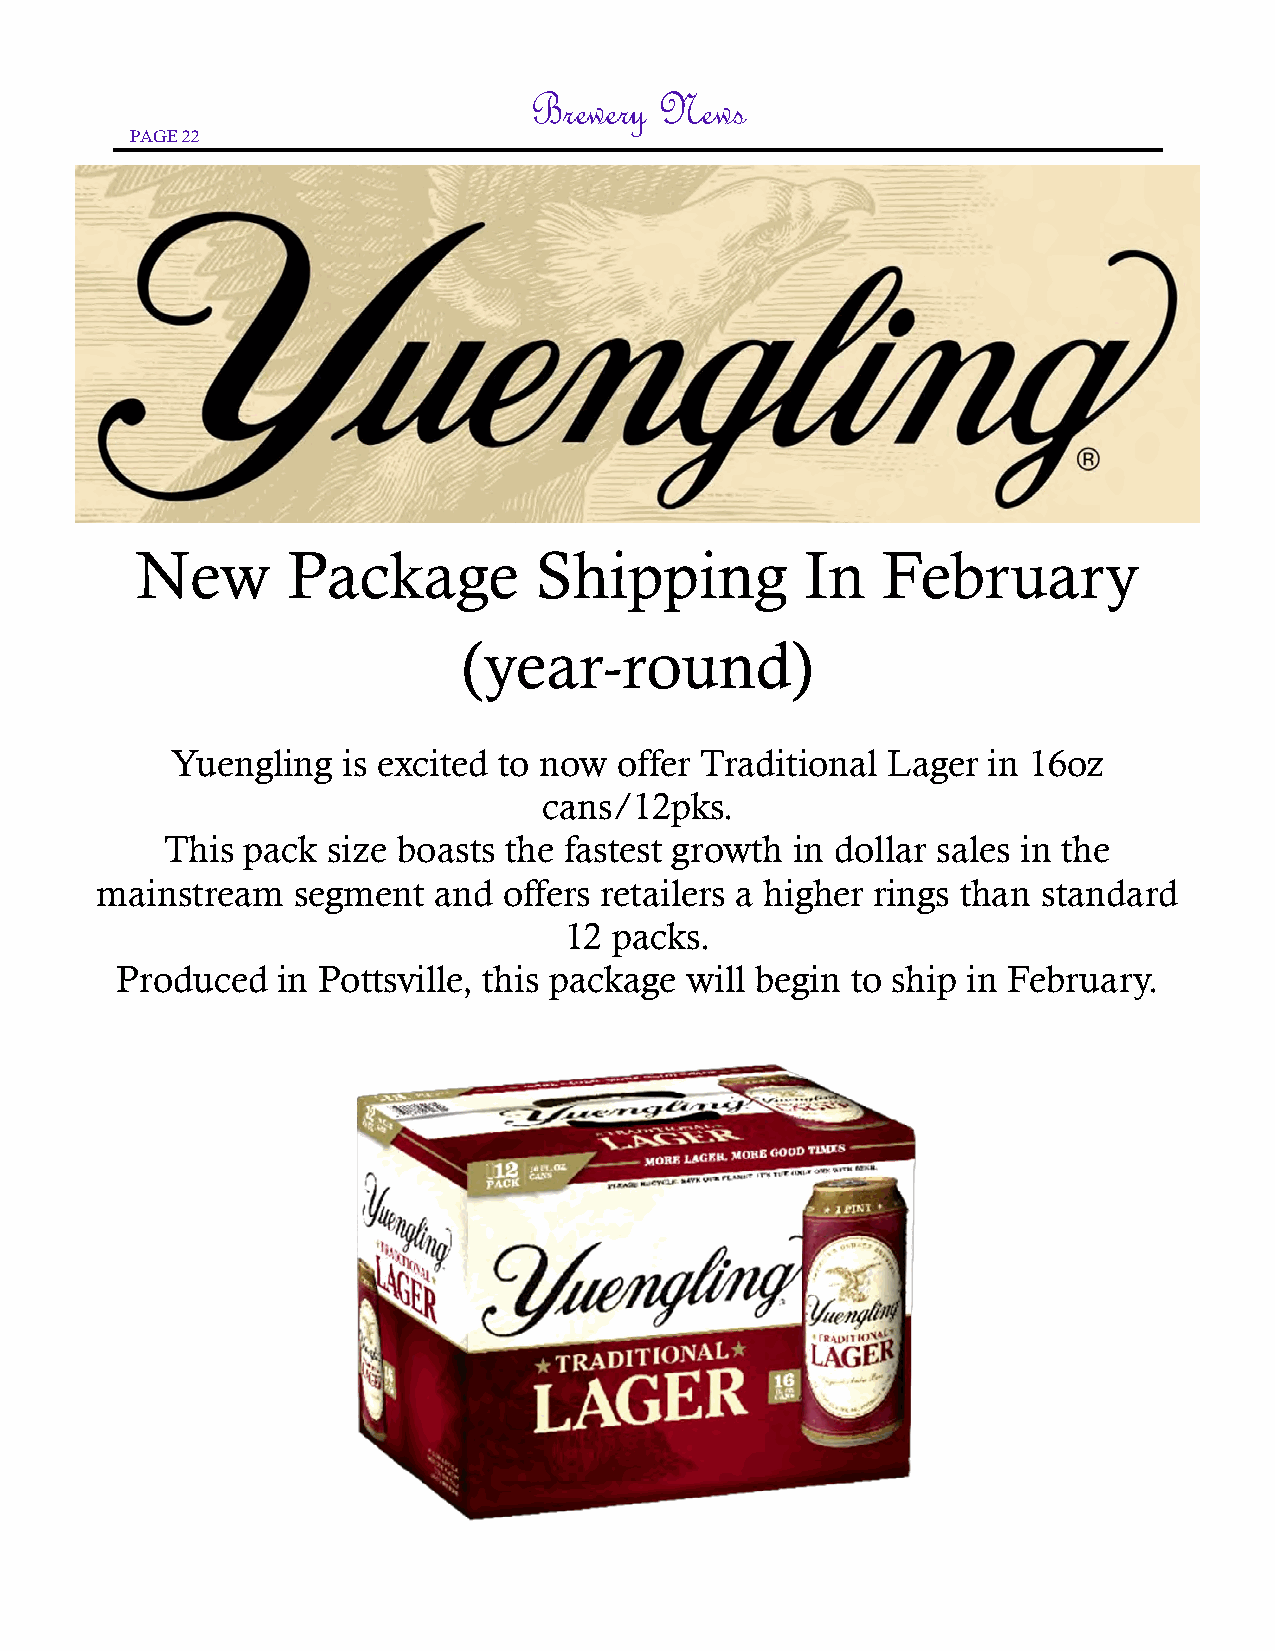
Brewery  News
 PAGE 22
 New       Package         Shipping          In   February
 (year-round)
 Yuengling   is excited to now offer Traditional Lager in 16oz
 cans/12pks.
 This pack  size boasts the fastest growth in dollar sales in the
 mainstream   segment   and offers retailers a higher rings than standard
 12  packs.
 Produced  in Pottsville, this package will begin to ship in February.